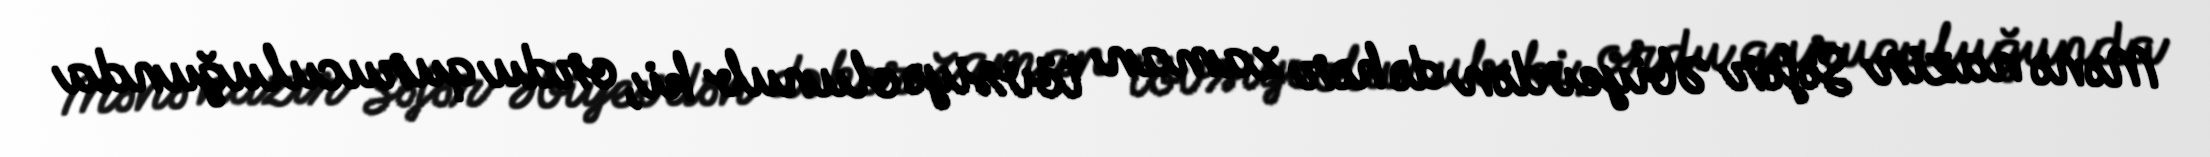
Mənə nazir Səfər Əbiyevdən də hər zaman tövsiyə olunub ki, ordu quruculuğunda